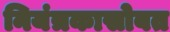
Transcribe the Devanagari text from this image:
नियंत्रकासोबत